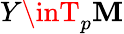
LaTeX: Y\inT_{p}\mathbf{M}